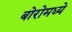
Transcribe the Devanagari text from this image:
बोरोमध्ये